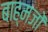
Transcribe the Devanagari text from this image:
बाह्मजों